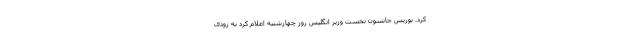
کرد. بوریس جانسون نخست وزیر انگلیس روز چهارشنبه اعلام کرد به زودی